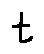
t